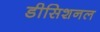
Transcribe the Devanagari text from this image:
डीसिशनल